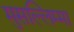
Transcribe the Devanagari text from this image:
मुसल्लिम्मा